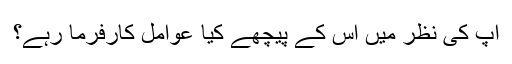
آپ کی نظر میں اس کے پیچھے کیا عوامل کارفرما رہے؟